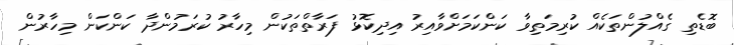
ބޮޑެތި ގެއްލުންތަކެއް ކުރިމަތިވާ ކަންކަމަށްވާއިރު އިދިކޮޅު ފަރާތްތަކުން މިހާރު ކުރަމުންދާ ކަންކަން މިހާރުން